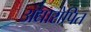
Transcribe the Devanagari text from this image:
अद्यारोपित